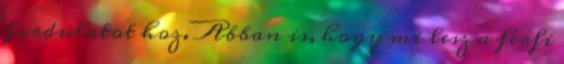
fordulatot hoz. Abban is, hogy mi lesz a férfi